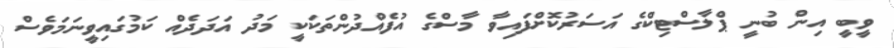
ވީބީ އިން ބުނީ ޕްލާސްޓިކްގެ އަސަރުކޮށްފައިވާ މާސްގެ އުފެއްދުންތަކަކީ މަދު އަދަދެއް ކަމުގައިވީނަމަވެސް